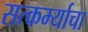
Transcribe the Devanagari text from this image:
सत्कर्म्याचा